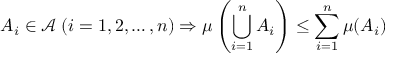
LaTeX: A _ { i } \in { \mathcal { A } } \; ( i = 1 , 2 , \dotsc , n ) \Rightarrow \mu \left( \bigcup _ { i = 1 } ^ { n } A _ { i } \right) \leq \sum _ { i = 1 } ^ { n } \mu ( A _ { i } )